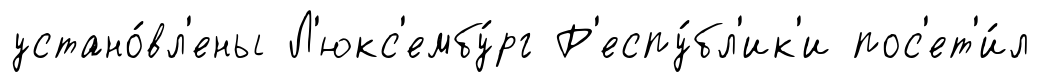
устано́вл'ены Л'юкс'ембу́рг Р'еспу́бл'ик'и пос'ет'и́л